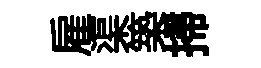
雇渠築掃